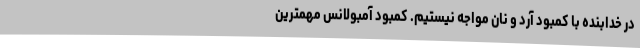
در خدابنده با کمبود آرد و نان مواجه نیستیم. کمبود آمبولانس مهمترین